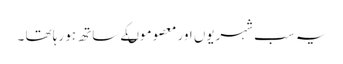
یہ سب شہریوں اور معصوموںکے ساتھ ہو رہا تھا ۔